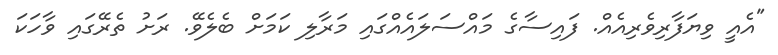
"އެއީ ވިޔަފާރިވެރިއެއް. ފައިސާގެ މައްސަލައެއްގައި މަރާލި ކަމަށް ބެލެވޭ. ރަށު ތެރޭގައި ވާހަކަ